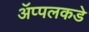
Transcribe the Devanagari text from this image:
ॲप्पलकडे